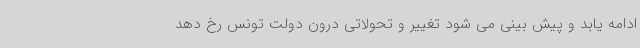
ادامه یابد و پیش بینی می شود تغییر و تحولاتی درون دولت تونس رخ دهد